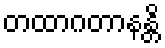
တထာဂတာနန္တိ